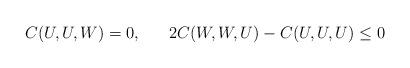
LaTeX: \begin{align*}C(U,U,W)=0, \ \ \ \ \ 2C(W,W,U)-C(U,U,U)\le 0\end{align*}